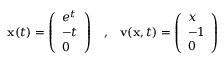
{ \mathbf x } ( t ) = \left( \begin{array} { l } { e ^ { t } } \\ { - t } \\ { 0 } \end{array} \right) \; \; \; , \; \; \; { \mathbf v } ( { \mathbf x } , t ) = \left( \begin{array} { l } { x } \\ { - 1 } \\ { 0 } \end{array} \right)